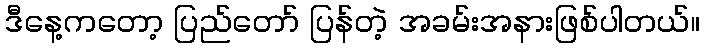
ဒီနေ့ကတော့ ပြည်တော် ပြန်တဲ့ အခမ်းအနားဖြစ်ပါတယ်။